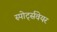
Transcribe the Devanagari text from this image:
स्पोर्ट्सवेयर